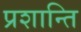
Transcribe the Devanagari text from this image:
प्रशान्ति